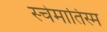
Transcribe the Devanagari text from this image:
स्चेमातिस्म